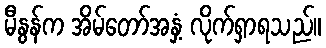
မီနွန်က အိမ်တော်အနှံ့ လိုက်ရှာရသည်။